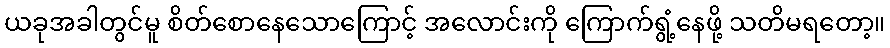
ယခုအခါတွင်မူ စိတ်စောနေသောကြောင့် အလောင်းကို ကြောက်ရွံ့နေဖို့ သတိမရတော့။